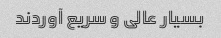
بسیار عالی و سریع آوردند